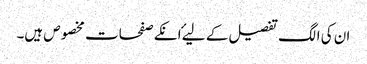
ان کی الگ تفصیل کے لیۓ انکے صفحات مخصوص ہیں۔